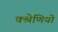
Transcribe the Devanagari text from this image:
क्श्रेणियो